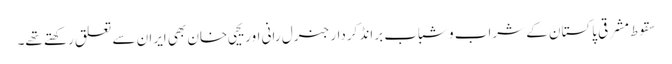
سقوط مشرقی پاکستان کے شراب و شباب برانڈ کردار جنرل رانی اور یحیی خان بھی ایران سے تعلق رکھتے تھے۔